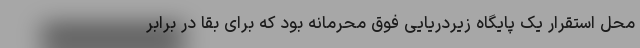
محل استقرار یک پایگاه زیردریایی فوق محرمانه بود که برای بقا در برابر